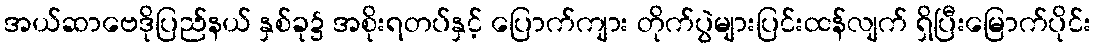
အယ်ဆာဗေဒိုပြည်နယ် နှစ်ခု၌ အစိုးရတပ်နှင့် ပြောက်ကျား တိုက်ပွဲများပြင်းထန်လျက် ရှိပြီးမြောက်ပိုင်း